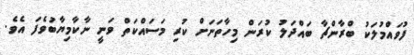
ފުވައްމުލަކު ބްރާންޗާ ބައްދަލު ކުރަން މިހާތަނަށް ކުރި މަސައްކަތް ވަނީ ނާކާމިޔާބުވެފަ އެވެ.